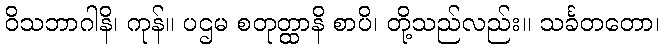
ဝိသဘာဂါနိ၊ ကုန်။ ပဌမ စတုတ္ထာနိ စာပိ၊ တို့သည်လည်း။ သင်္ခတတော၊